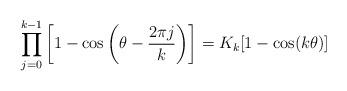
LaTeX: \begin{align*} \prod_{j=0}^{k-1} \left[1-\cos\left(\theta-\frac{2\pi j}{k}\right)\right] = K_k [1-\cos(k\theta)]\end{align*}